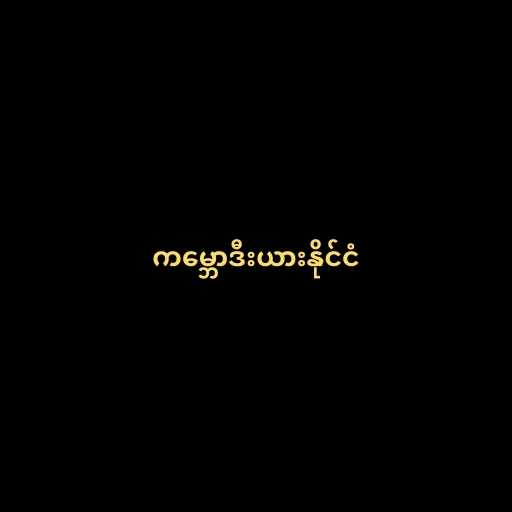
ကမ္ဘောဒီးယားနိုင်ငံ